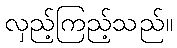
လှည့်ကြည့်သည်။